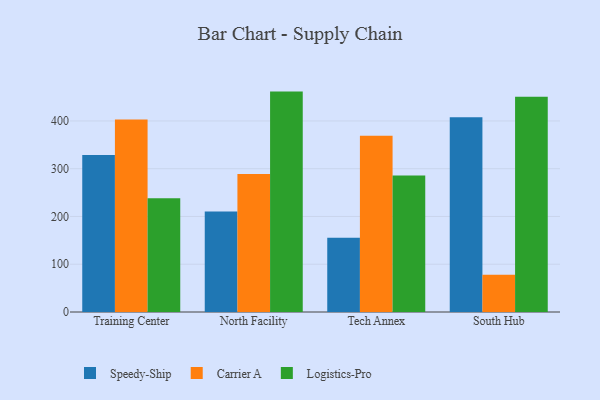
{"axis": {"x": "Campus", "y": "Humidity (%)"}, "legend": ["Carrier A", "Logistics-Pro", "Speedy-Ship"], "data": [{"x": "Training Center", "y": 328.7, "type": "Speedy-Ship"}, {"x": "Training Center", "y": 402.9, "type": "Carrier A"}, {"x": "Training Center", "y": 237.9, "type": "Logistics-Pro"}, {"x": "North Facility", "y": 210.4, "type": "Speedy-Ship"}, {"x": "North Facility", "y": 289.1, "type": "Carrier A"}, {"x": "North Facility", "y": 461.4, "type": "Logistics-Pro"}, {"x": "Tech Annex", "y": 155.6, "type": "Speedy-Ship"}, {"x": "Tech Annex", "y": 368.9, "type": "Carrier A"}, {"x": "Tech Annex", "y": 285.8, "type": "Logistics-Pro"}, {"x": "South Hub", "y": 407.9, "type": "Speedy-Ship"}, {"x": "South Hub", "y": 78.1, "type": "Carrier A"}, {"x": "South Hub", "y": 450.7, "type": "Logistics-Pro"}]}